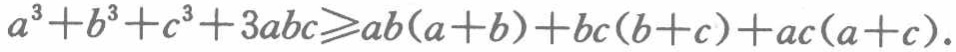
\(a^{3}+b^{3}+c^{3}+3abc\geqslant ab(a + b)+bc(b + c)+ac(a + c)\)